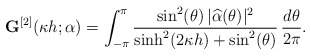
\begin{align*}\mathbf G^{[2]}(\kappa h;\alpha) = \int_{-\pi}^{\pi} \frac{\sin^2(\theta)\, |\widehat{\alpha}(\theta)|^2}{\sinh^2(2\kappa h) + \sin^2(\theta)}\,\frac{d\theta}{2\pi}.\end{align*}